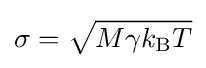
\sigma ={\sqrt {M\gamma k_{\rm {B}}T}}